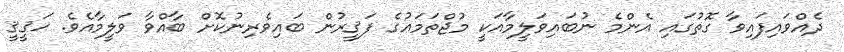
ދެއްވައިފައިވާ ގޮތުގައި އެންމެ ނުބައިވަލީމާއަކީ މުޖްތަމަޢުގެ ފަޤީރުން ބައިވެރިނުކޮށް ބާއްވާ ވަލީމާއެވެ. ޙަޤީޤީ